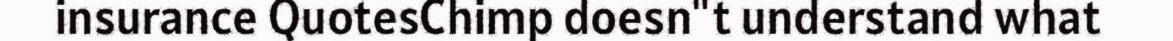
insurance QuotesChimp doesn"t understand what